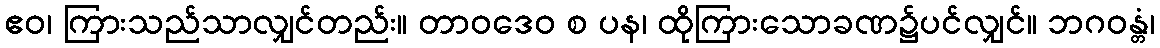
ဧဝ၊ ကြားသည်သာလျှင်တည်း။ တာဝဒေဝ စ ပန၊ ထိုကြားသောခဏ၌ပင်လျှင်။ ဘဂဝန္တံ၊